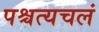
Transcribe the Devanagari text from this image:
पश्चत्यचलं